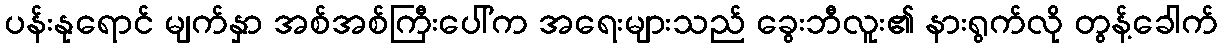
ပန်းနုရောင် မျက်နှာ အစ်အစ်ကြီးပေါ်က အရေးများသည် ခွေးဘီလူး၏ နားရွက်လို တွန့်ခေါက်